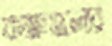
কক্ষগুলোর